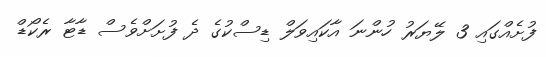
ފުށެއްގައި 3 ލޭޔަރު ހުންނަ އާކައިވަލް ޑިސްކުގެ ދެ ފުށަށްވެސް ޑާޓާ ރެކޯޑް